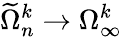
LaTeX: \widetilde\Omega_{n}^{k}\to\Omega_{\infty}^{k}